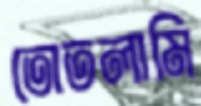
তোতলামি